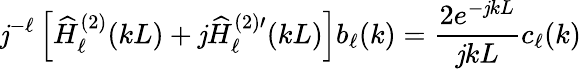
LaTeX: \mathit{j}^{-\ell}\left[\widehat{{H}}_{\ell}^{(2)}(kL)+\mathit{j}\widehat{{H}}_{\ell}^{(2)\prime}(kL)\right]b_{\ell}(k)=\frac{{2e^{-\mathit{j}kL}}}{{\mathit{j}kL}}c_{\ell}(k)